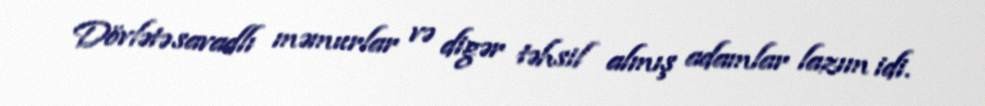
Dövlətə savadlı məmurlar və digər təhsil almış adamlar lazım idi.